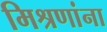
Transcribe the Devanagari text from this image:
मिश्रणांना